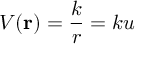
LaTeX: V ( \mathbf { r } ) = { \frac { k } { r } } = k u